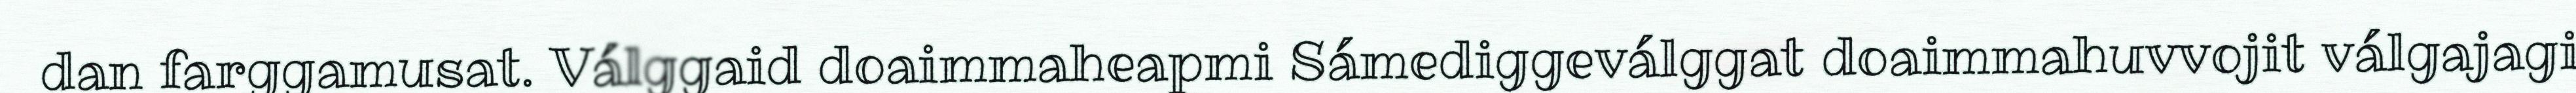
dan farggamusat. Válggaid doaimmaheapmi Sámediggeválggat doaimmahuvvojit válgajagi